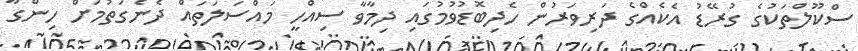
ސްކޫލްތަކުގެ ގުރޭޑު އެކެއްގެ ދަރިވަރުން ހެދިބޮޑުވުމުގައި ދިމާވާ ސިއްހީ މައްސަލަތައް ދެނެގަތުމަށް ހިންގާ